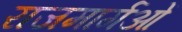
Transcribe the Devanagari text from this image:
राजमार्गओं